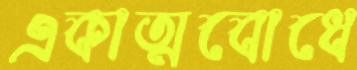
একাত্মবোধে